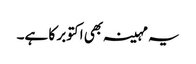
یہ مہینہ بھی اکتوبر کا ہے۔